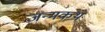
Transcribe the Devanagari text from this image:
जन्मकथ